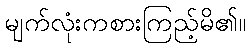
မျက်လုံးကစားကြည့်မိ၏။